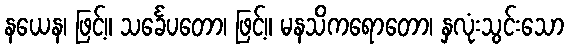
နယေန၊ ဖြင့်။ သင်္ခေပတော၊ ဖြင့်။ မနသိကရောတော၊ နှလုံးသွင်းသော